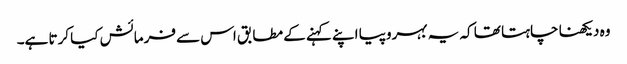
وہ دیکھنا چاہتا تھا کہ یہ بہروپیا اپنے کہنے کے مطابق اس سے فرمائش کیا کرتا ہے۔